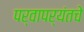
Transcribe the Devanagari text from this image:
पर्वापर्यंतचे